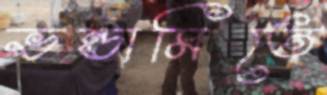
ভন্ডামিতে